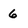
Character: 6